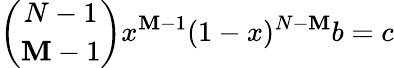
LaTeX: \binom{N-1}{\mathbf{M}-1}x^{\mathbf{M}-1}(1-x)^{N-\mathbf{M}}b=c